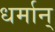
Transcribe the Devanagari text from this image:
धर्मान्